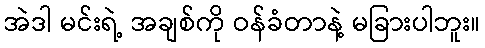
အဲဒါ မင်းရဲ့ အချစ်ကို ဝန်ခံတာနဲ့ မခြားပါဘူး။